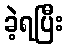
ခဲ့ရပြီး